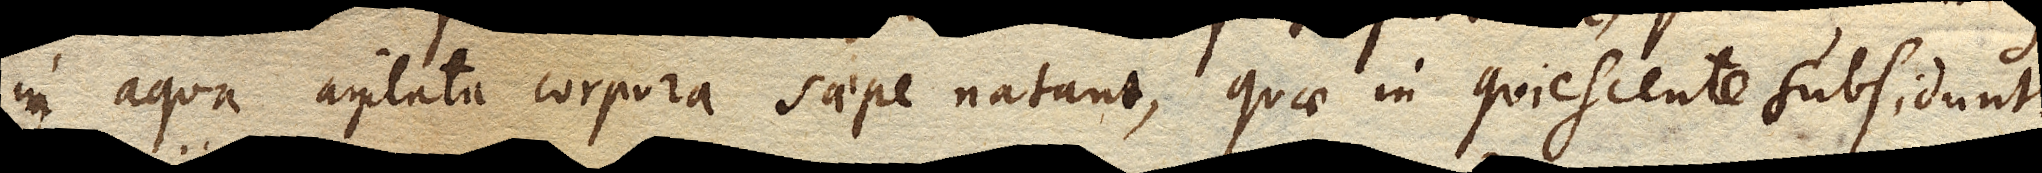
in aqua agitata corpora saepe natant, quae in quiescente subsidunt.